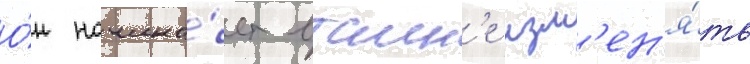
О́н начина́ет втаин'е изм'ен'я́ть